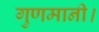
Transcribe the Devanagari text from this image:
गुणमानी।